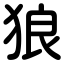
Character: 狼